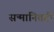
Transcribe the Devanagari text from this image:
सन्मानितही